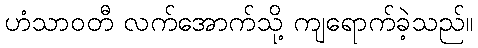
ဟံသာဝတီ လက်အောက်သို့ ကျရောက်ခဲ့သည်။